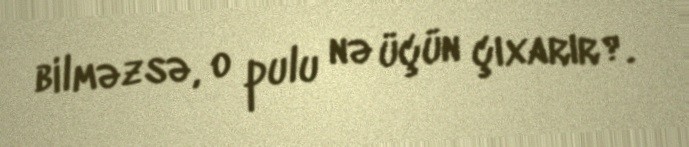
bilməzsə, o pulu nə üçün çıxarır?.